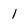
Character: 1